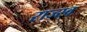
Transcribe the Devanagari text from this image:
राज्स्व